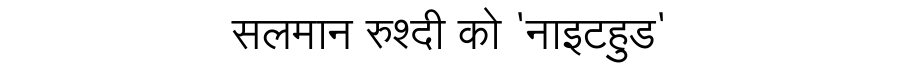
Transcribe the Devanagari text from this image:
सलमान रुश्दी को 'नाइटहुड'